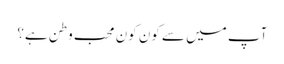
آپ میں سے کون کون محب وطن ہے؟